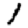
Digit: 1